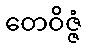
တေဝိဇ္ဇံ